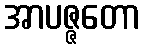
အာပဇ္ဇတော